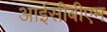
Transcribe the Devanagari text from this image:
आईसीबीएम